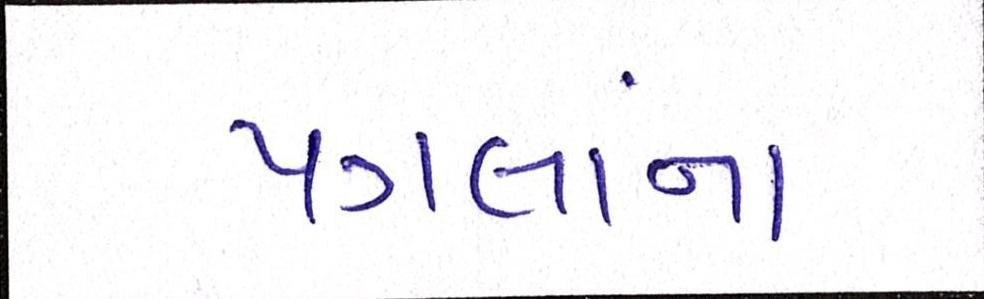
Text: પગલાંના